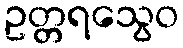
ဥတ္တရသွေဝ